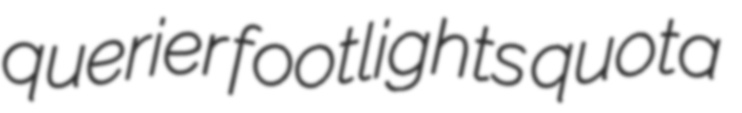
querier footlights quota